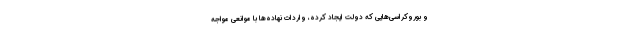
و بوروکراسی‌هایی که دولت ایجاد کرده، واردات نهاده‌ها با موانعی مواجه